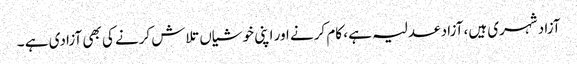
آزاد شہری ہیں، آزاد عدلیہ ہے ، کام کرنے اور اپنی خوشیاں تلاش کرنے کی بھی آزادی ہے ۔